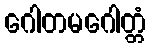
ဂေါတမဂေါတ္တံ